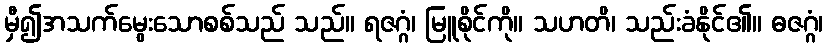
မှီ၍အသက်မွေးသောစစ်သည် သည်။ ရဇဂ္ဂံ၊ မြူစိုင်ကို။ သဟတိ၊ သည်းခံနိုင်၏။ ဓဇဂ္ဂံ၊